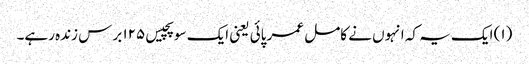
(۱) ایک یہ کہ انہوں نے کامل عمر پائی یعنی ایک سو پچیس ۱۲۵ برس زندہ رہے۔